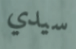
سيدي